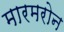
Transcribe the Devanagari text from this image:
मारमरोन